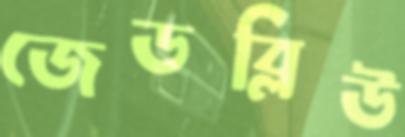
জেডব্লিউ